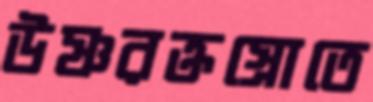
উষ্ণরক্তস্রোতে